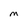
Character: M